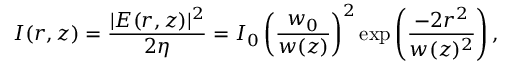
I ( r , z ) = { \frac { | E ( r , z ) | ^ { 2 } } { 2 \eta } } = I _ { 0 } \left( { \frac { w _ { 0 } } { w ( z ) } } \right) ^ { 2 } \exp \left( { \frac { - 2 r ^ { 2 } } { w ( z ) ^ { 2 } } } \right) ,